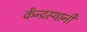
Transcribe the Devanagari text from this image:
केंन्द्रस्थानी